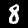
Label: 8